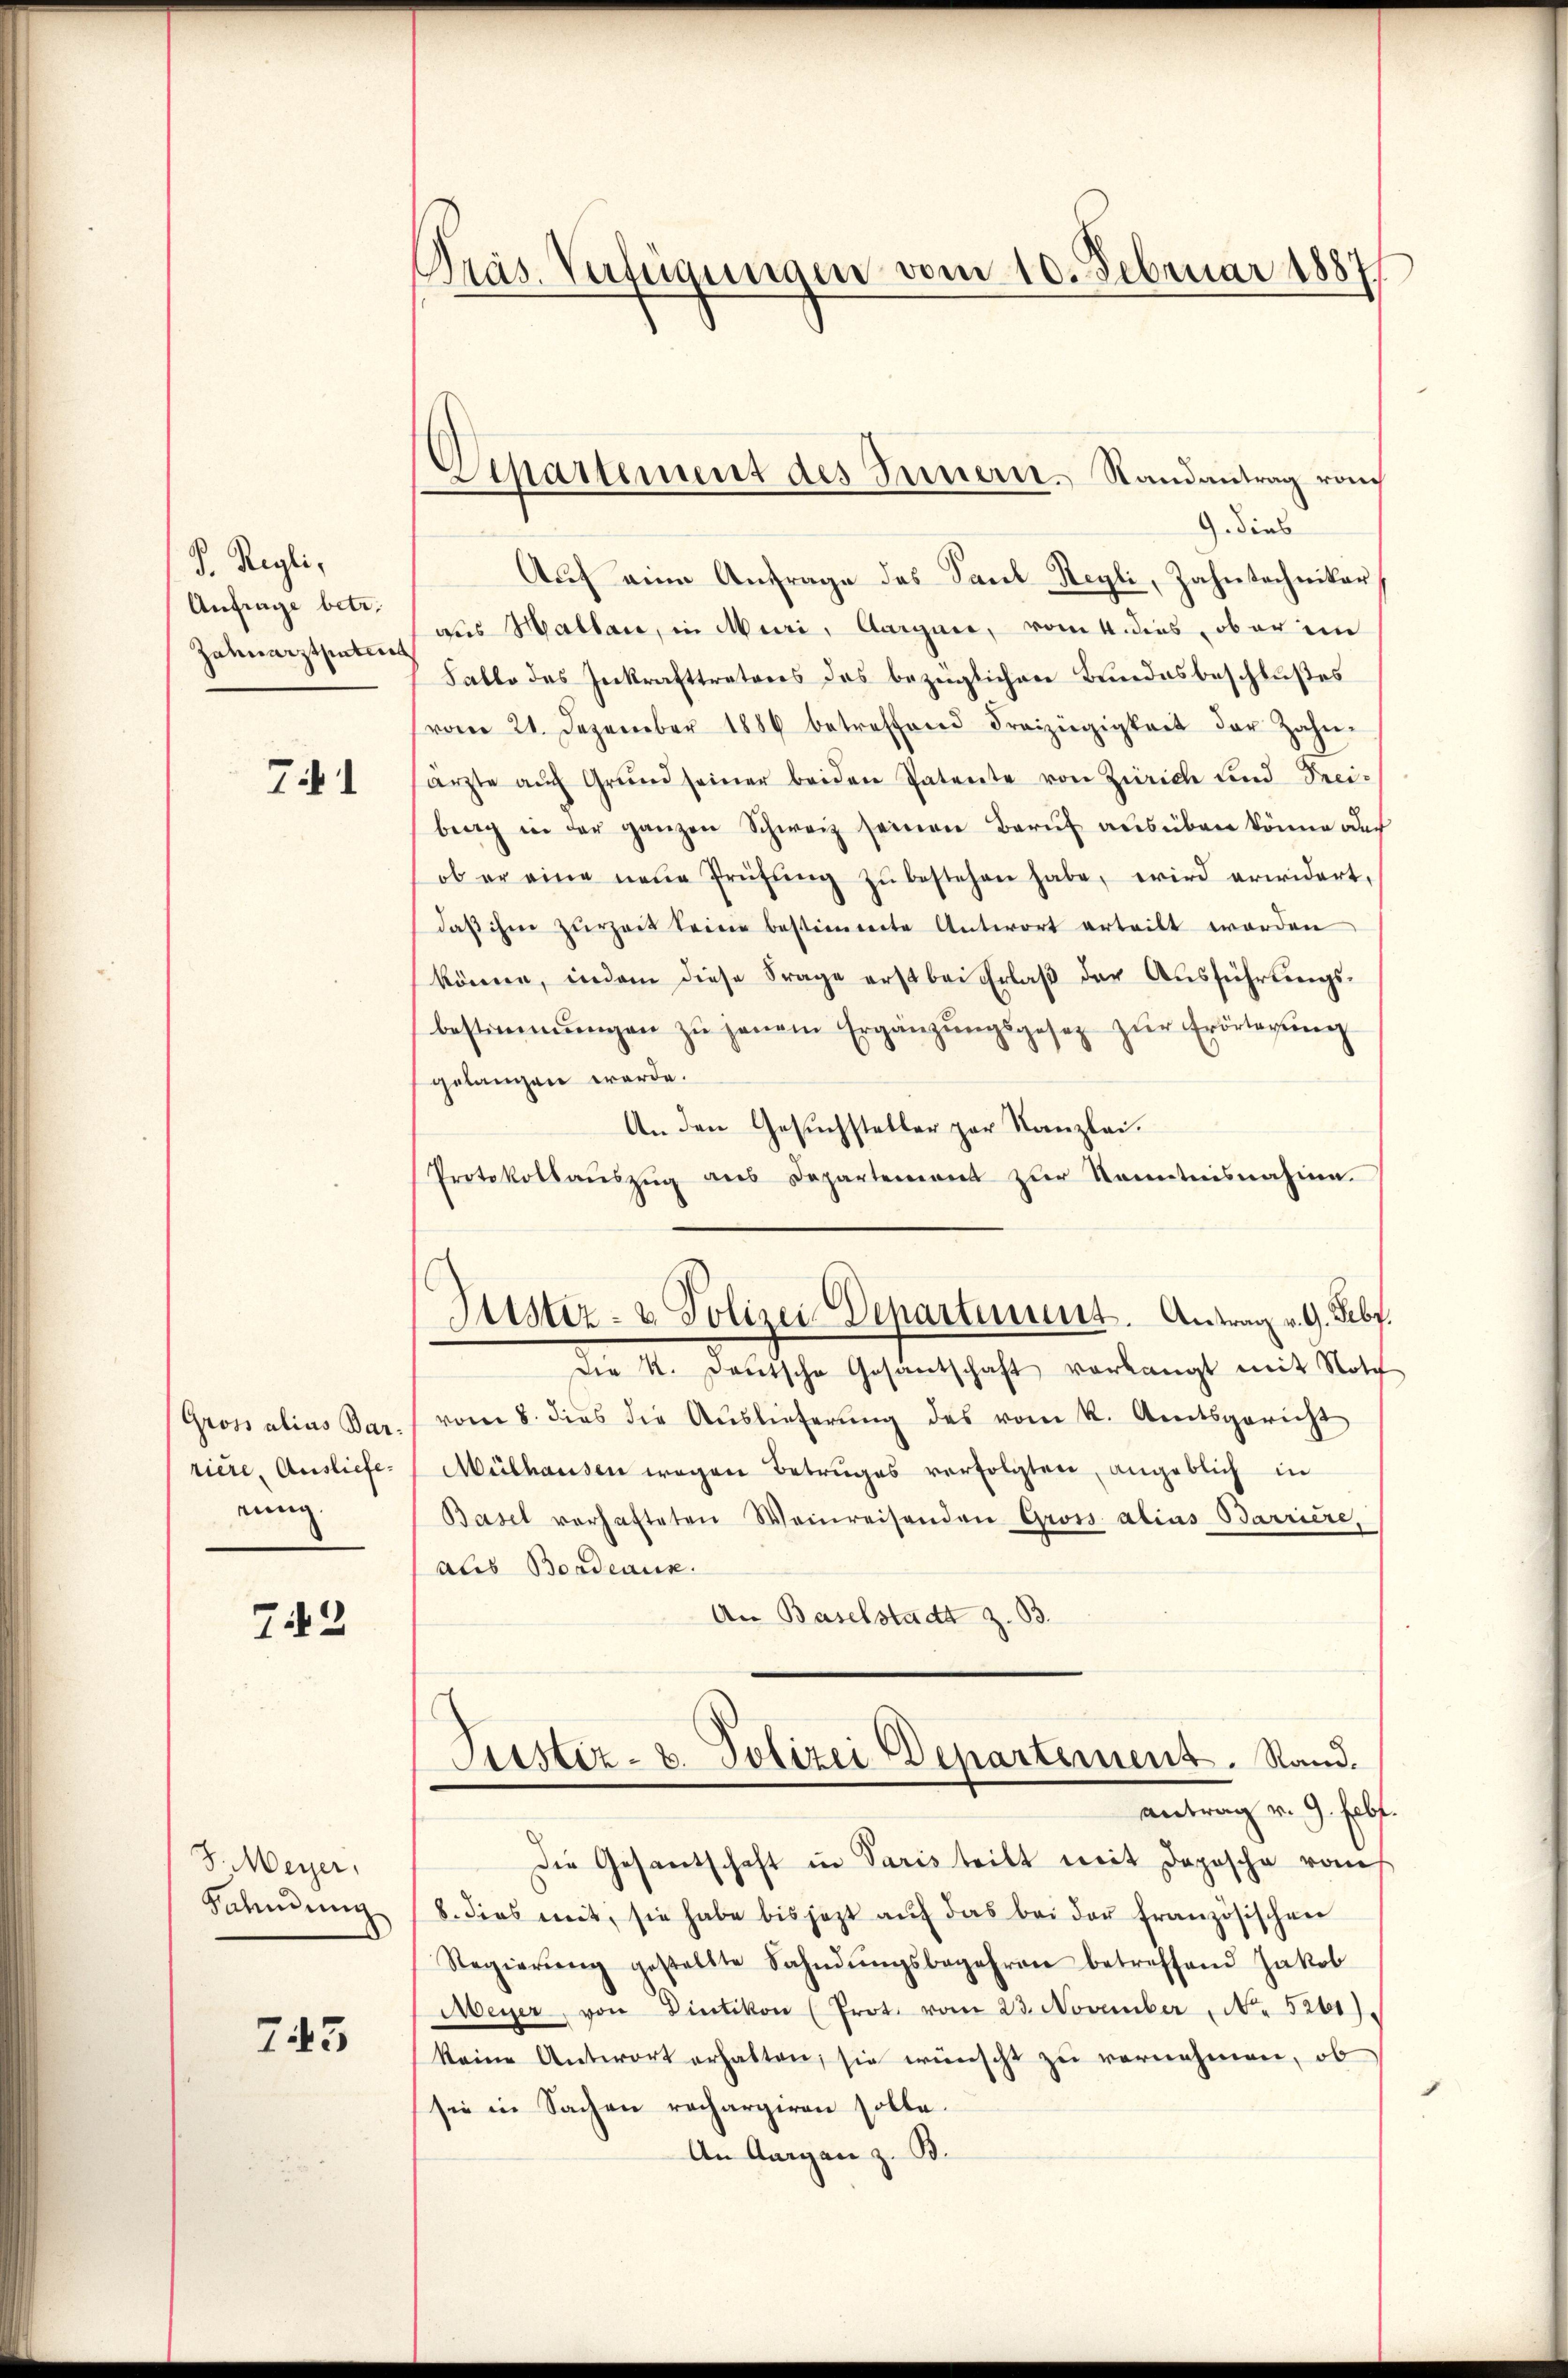
P. Regli,
Anfrage betr.
Zahnarztietent

7

Gross alias Barriere, Ausliefenung.

743

J. Meyer,
Sahmung

745

Präs. Verfügungen vom 10. Februar 1887

Departement des Innern. Randantrag von

G. dies
Auf eine Anfrage des Paul Hegli, Zahntechniker
aus Mallai, in Muri, Aarguer, vom 4. dies ober ein
Falle des Inkrafttretens des bezüglichen Bundesbeschlußes
vom 21. Dezember 1886 betreffend Freizügigkeit der Zahn-
ärzte aŭch Grŭnd seiner beiden Patente von Zürich und Prei-
berg in der ganzen Schweiz seinen Berŭf aŭsüben könne auch
ob er eine neue Prüfŭng zŭ bestehen habe, wird erwidert,
daβ ihm zurzeit seine bestimmte Antwort erteilt worden
könne, indem diese Frage erst bei Erlaß der Ausführungsbestimmungen zŭ jenem Ergänzŭngsgesetz zŭr Erörtegŭng
gelangen werde.
An den Gesuchsteller zur Kanzlei.
Protokollauszug aus Departement zur Kenntnisnahme.
Die K. Deutsche Gesantschaft verlangt mit Not
vom 8. dies die Aŭslieferŭng des vom k. Amtsgericht
Mülhausen wegen Betruges verfolgten, angeblich in
Basel verhafteten Weinreisenden Gross alias Barriere,
als Bordeaux.
An Baselstadt z. B.
Justiz- u. Polizei Departement. Sand.
antrag v. 9. Febf.
Die Gesantschaft in Paris teilt mit Depesche rauf
8. dies mit, sie habe bis jezt aŭf das bei der französischen
Regierŭng gestellte Sahndŭngsbegehren betreffend Jakob
Meyer, von Dietikon (Prot. vom 23. November N. 5261).
keine Antwort erhalten, sie wünscht zŭ vernehmen, ob
sie in Sachen rechargiren solle.
An Aargau z. B.

Justiz- & Polizei Departement. Antrag v. 9. Febr.